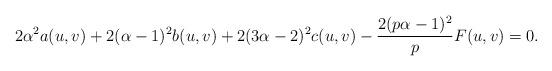
LaTeX: \begin{align*}2\alpha^{2}a(u,v)+2(\alpha-1)^{2}b(u,v)+2(3\alpha-2)^{2}c(u,v)-\frac{2(p\alpha-1)^{2}}{p}F(u,v)=0.\end{align*}